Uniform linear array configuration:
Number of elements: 48
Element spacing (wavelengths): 1
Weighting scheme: exponential
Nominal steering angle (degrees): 15
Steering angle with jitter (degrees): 15.856
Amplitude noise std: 0.05
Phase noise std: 0.05

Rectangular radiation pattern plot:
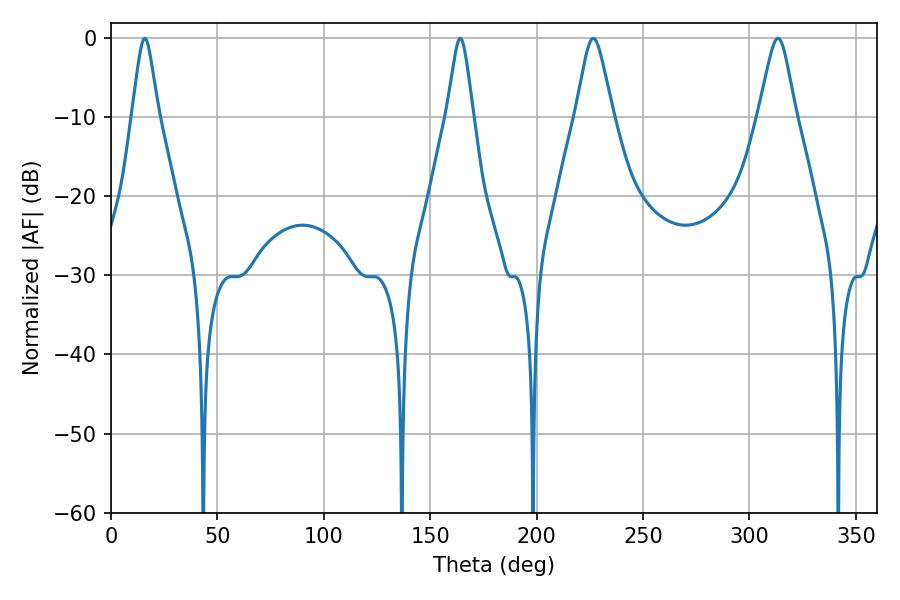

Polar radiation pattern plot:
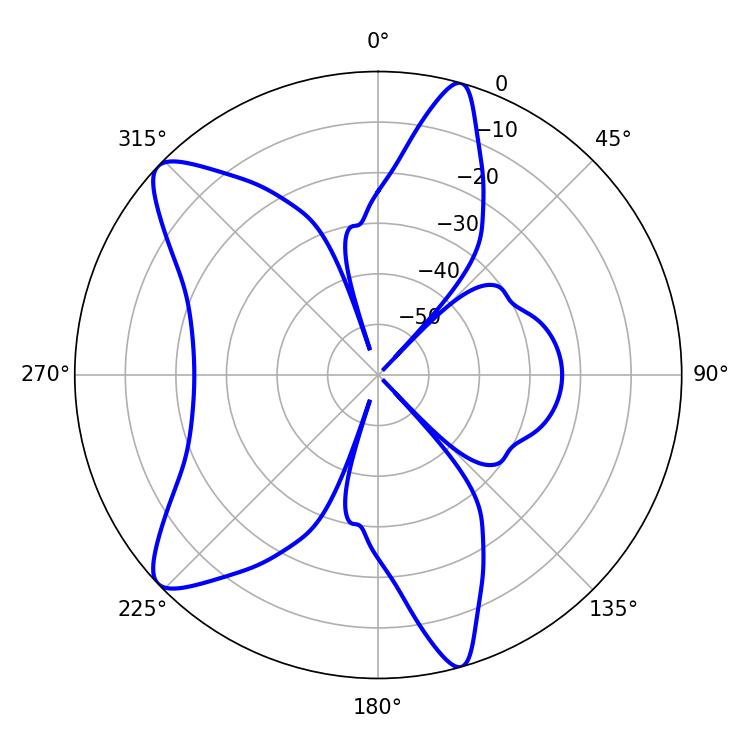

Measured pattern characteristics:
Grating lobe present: TRUE
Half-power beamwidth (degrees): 8.46
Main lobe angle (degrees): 226.62